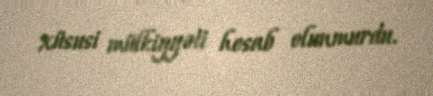
xüsusi mülkiyyəti hesab olunmurdu.